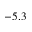
- 5 . 3